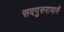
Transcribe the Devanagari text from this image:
सदगुरुरायानें